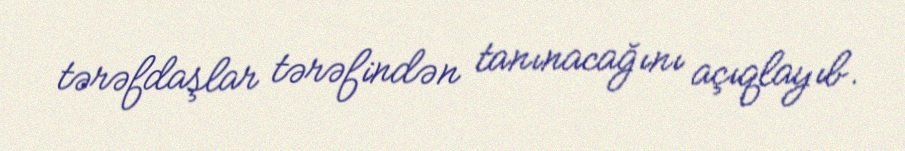
tərəfdaşlar tərəfindən tanınacağını açıqlayıb.